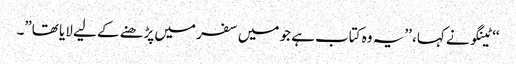
‘‘ ٹینگو نے کہا، ’’یہ وہ کتاب ہے جو میں سفر میں پڑھنے کے لیے لایا تھا”۔